Annual report on the mental hospital in the Central Provinces and Berar (Nagpur) - 1927-1951
Year: 1927
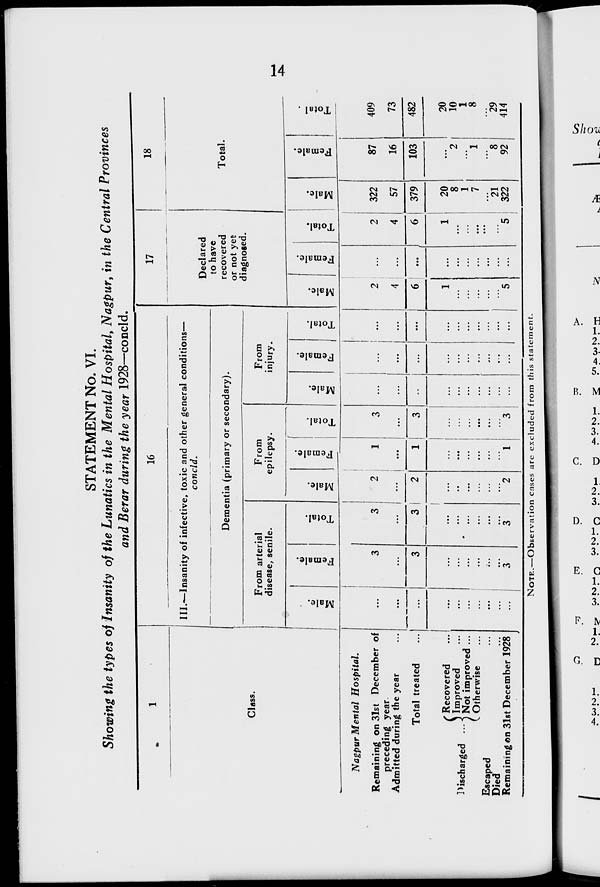
14
STATEMENT No. VI.
Showing the types of Insanity of the Lunatics in the Mental Hospital, Nagpur, in the Central Provinces
and Berar during the year 1928—concld.
1
Class.
Nagpur Mental Hospital.
Remaining on 31st December of
preceding year.
Admitted during the year
...
Total treated ...
Discharged ...
Recovered ...
Improved ...
Not improved ...
Otherwise ...
Escaped ...
Died ...
Remaining on 31st December 1928
16
III.—Insanity of infective, toxic and other general conditions—
concld.
Dementia (primary or secondary).
From arterial
disease, senile.
Male.
...
...
...
...
...
...
...
...
...
...
Female.
3
...
3
...
...
...
...
...
... 3
Total.
3
...
3
...
...
...
...
...
...
3
From
epilepsy.
Male.
2
...
2
...
...
...
...
...
...
2
Female.
1
...
1
...
...
...
...
...
...
1
Total.
3
...
3
...
...
...
...
...
...
3
From
injury.
Male.
...
...
...
...
...
...
...
...
...
...
Female.
...
...
...
...
...
...
...
...
...
...
Total.
...
...
...
...
...
...
...
...
...
...
17
Declared
to have
recovered
or not yet
diagnosed.
Male.
2
4
6
1
...
...
...
...
...
5
Female.
...
...
...
...
...
...
...
...
...
...
Total.
2
4
6
1
...
...
...
...
...
5
18
Total.
Male.
322
57
379
20
8
1
7
...
21
322
Female.
87
16
103
...
2
...
1
...
8
92
Total .
409
73
482
20
10
1
8
...
29
414
NOTE.—Observation cases are excluded from this statement.